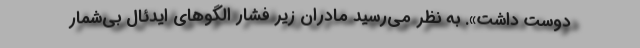
دوست داشت». به نظر می‌رسید مادران زیر فشار الگوهای ایدئال بی‌شمار